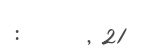
: